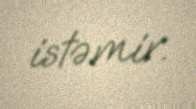
istəmir.